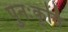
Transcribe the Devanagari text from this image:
पुनःकृर्ति